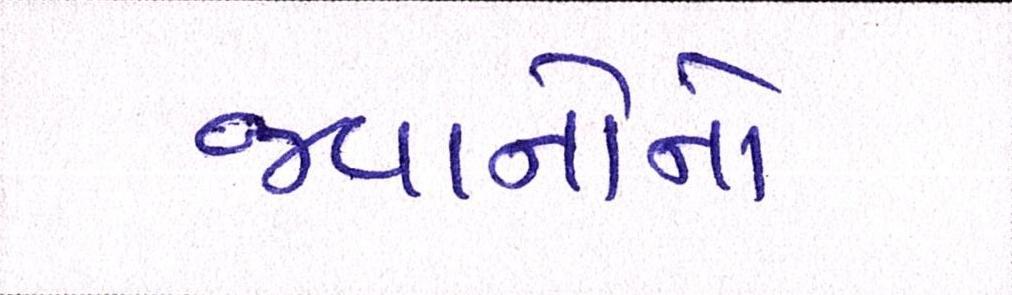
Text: જવાનોનો